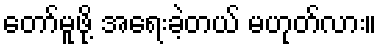
တော်မူဖို့ အရေးခဲ့တယ် မဟုတ်လား။